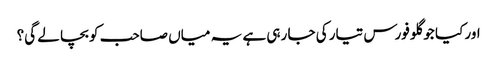
اور کیا جو گلو فورس تیار کی جا رہی ہے یہ میاں صاحب کو بچا لے گی؟